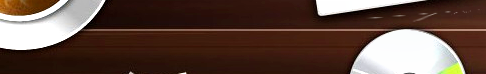
Try Our Pizza